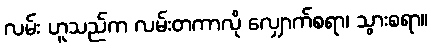
လမ်း ဟူသည်က လမ်းတကာလို လျှောက်စရာ၊ သွားစရာ။